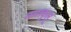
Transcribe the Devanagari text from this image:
नयाकुलू